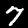
Digit: 7